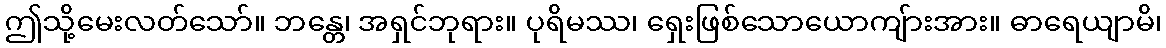
ဤသို့မေးလတ်သော်။ ဘန္တေ၊ အရှင်ဘုရား။ ပုရိမဿ၊ ရှေးဖြစ်သောယောကျ်ားအား။ ဓာရေယျာမိ၊